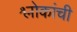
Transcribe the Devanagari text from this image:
श्र्लोकांची